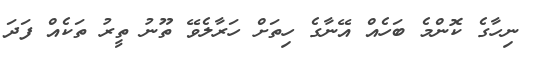
ނިހާގެ ކޮންމެ ބަހެއް އޭނާގެ ހިތަށް ހަރާލެވޭ ތޫނު ތީރު ތަކެއް ފަދަ